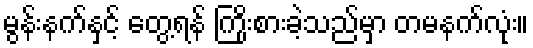
မွန်းနက်နှင့် တွေ့ရန် ကြိုးစားခဲ့သည်မှာ တမနက်လုံး။